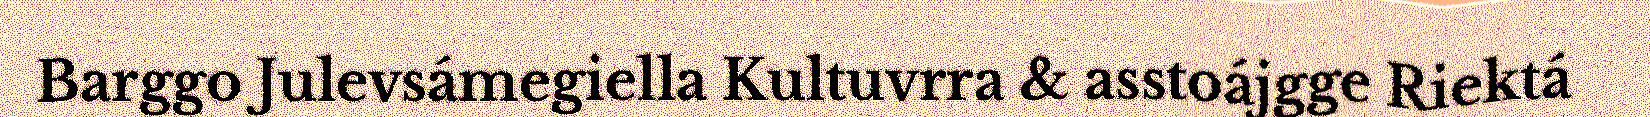
Barggo Julevsámegiella Kultuvrra & asstoájgge Riektá